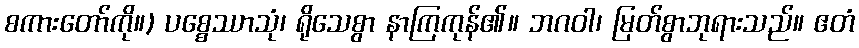
စကားတော်ကို။) ပစ္စေဿာသုံ၊ ရိုသေစွာ နာကြကုန်၏။ ဘဂဝါ၊ မြတ်စွာဘုရားသည်။ ဧတံ